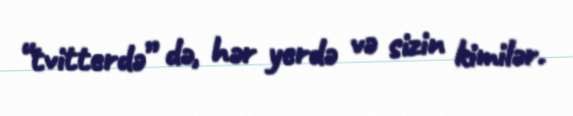
“tvitterdə” də, hər yerdə və sizin kimilər.